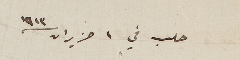
حلب في ١ حزيران / ١٩١٣